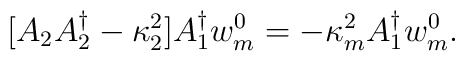
[A_{2}A_{2}^{\dagger}-\kappa_2^2]A_{1}^{\dagger}w_m^0=-\kappa_m^2 A_{1}^{\dagger}w_m^0.